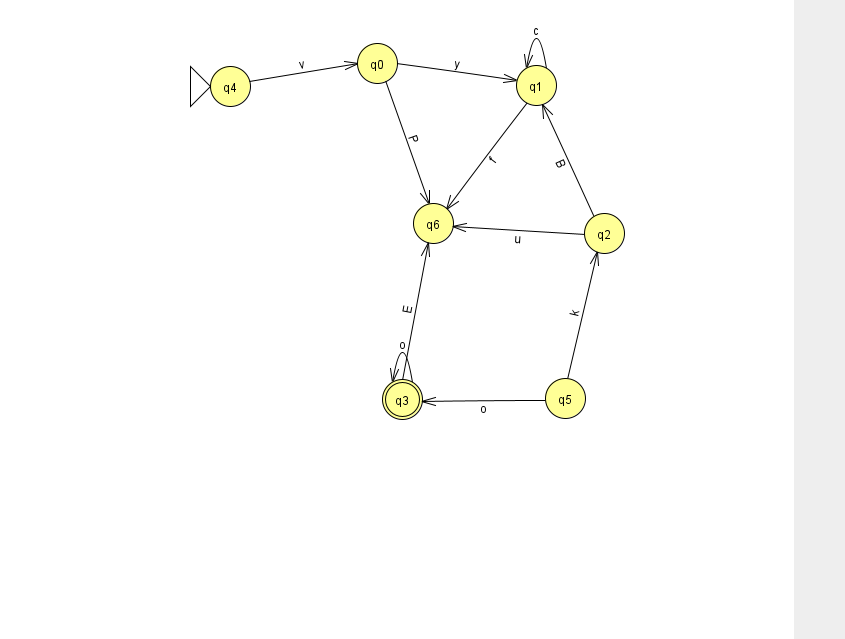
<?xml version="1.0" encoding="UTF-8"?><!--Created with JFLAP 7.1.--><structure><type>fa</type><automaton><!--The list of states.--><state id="0" name="q0"><x>377.0</x><y>50.0</y></state><state id="1" name="q1"><x>536.0</x><y>72.0</y></state><state id="2" name="q2"><x>604.0</x><y>220.0</y></state><state id="3" name="q3"><x>402.0</x><y>386.0</y><final/></state><state id="4" name="q4"><x>230.0</x><y>73.0</y><initial/></state><state id="5" name="q5"><x>565.0</x><y>385.0</y></state><state id="6" name="q6"><x>433.0</x><y>210.0</y></state><!--The list of transitions.--><transition><from>3</from><to>6</to><read>E</read></transition><transition><from>5</from><to>3</to><read>o</read></transition><transition><from>4</from><to>0</to><read>v</read></transition><transition><from>0</from><to>6</to><read>P</read></transition><transition><from>1</from><to>1</to><read>c</read></transition><transition><from>1</from><to>6</to><read>f</read></transition><transition><from>2</from><to>6</to><read>u</read></transition><transition><from>0</from><to>1</to><read>y</read></transition><transition><from>5</from><to>2</to><read>k</read></transition><transition><from>2</from><to>1</to><read>B</read></transition><transition><from>3</from><to>3</to><read>o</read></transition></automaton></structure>